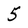
Character: 5